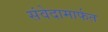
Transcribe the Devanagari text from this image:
संवेदामार्फत